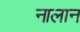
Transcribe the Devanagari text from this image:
नालान